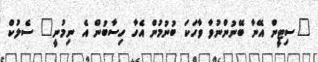
"ސިޓީން އޭނާ ބޭނުންނުވާ ވާހަކަ ބުނުމުން އެހާ ހިސާބުން އެ ނިމުނީ" ސެލުކް